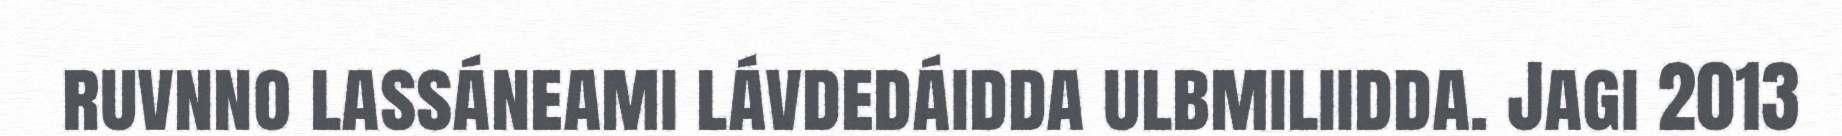
ruvnno lassáneami lávdedáidda ulbmiliidda. Jagi 2013